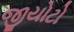
જીયોટો